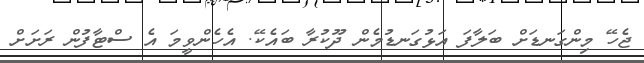
ޖެހޭ މިންގަނޑަށް ބަލާފަ އަޅުގަނޑުމެން ދޫކުރާ ބައެކޭ. އެހެންވީމަ އެ ސްޓާފުން ރަށަށް